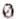
0